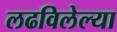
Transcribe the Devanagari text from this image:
लढविलेल्या